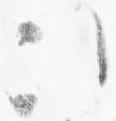
次